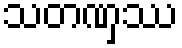
သတဏှဿ